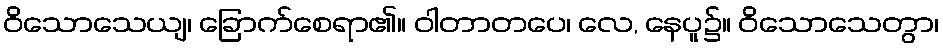
ဝိသောသေယျ၊ ခြောက်စေရာ၏။ ဝါတာတပေ၊ လေ, နေပူ၌။ ဝိသောသေတွာ၊